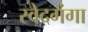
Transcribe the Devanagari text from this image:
स्वेदगंगा